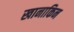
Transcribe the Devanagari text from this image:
खानाकिन